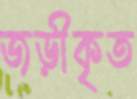
জড়ীকৃত